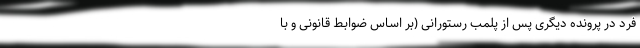
فرد در پرونده دیگری پس از پلمب رستورانی (بر اساس ضوابط قانونی و با